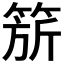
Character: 𬕗